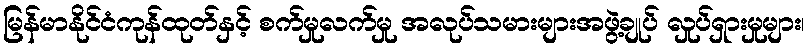
မြန်မာနိုင်ငံကုန်ထုတ်နှင့် စက်မှုလက်မှု အလုပ်သမားများအဖွဲ့ချုပ် လှုပ်ရှားမှုများ၊